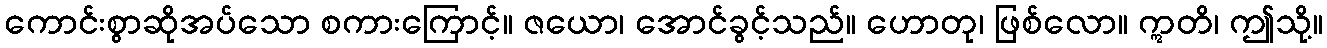
ကောင်းစွာဆိုအပ်သော စကားကြောင့်။ ဇယော၊ အောင်ခွင့်သည်။ ဟောတု၊ ဖြစ်လော။ ဣတိ၊ ဤသို့။